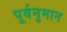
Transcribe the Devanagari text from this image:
पूर्वनुमान